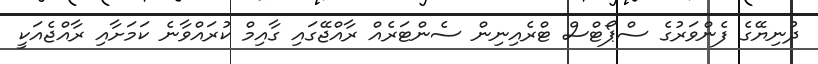
ދުނިޔޭގެ ފެންވަރުގެ ސްޕޯޓްސް ޓްރެއިނިން ސެންޓަރެއް ރާއްޖޭގައި ގާއިމް ކުރައްވާނެ ކަމަށާއި ރާއްޖެއަކީ